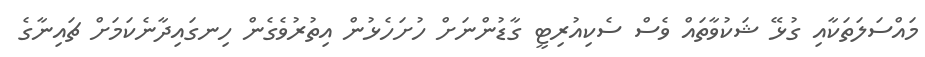
މައްސަލަތަކާއި ގުޅޭ ޝަކުވާތައް ވެސް ސެކިއުރިޓީ ގާޑުންނަށް ހުށަހެޅުން އިތުރުވެގެން ހިނގައިދާނެކަމަށް ޗައިނާގެ